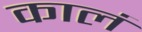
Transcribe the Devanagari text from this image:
कालं